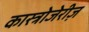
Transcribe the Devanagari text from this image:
कास्त्रोजेरीज़